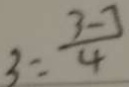
3 = \frac { 3 - 7 } { 4 }